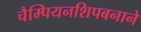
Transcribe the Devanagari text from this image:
चैम्पियनशिपबनाने